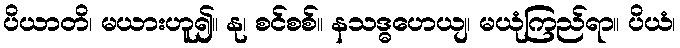
ပိယာတိ၊ မယားဟူ၍။ နု၊ စင်စစ်။ နသဒ္ဓဟေယျ၊ မယုံကြည်ရာ။ ပိယံ၊